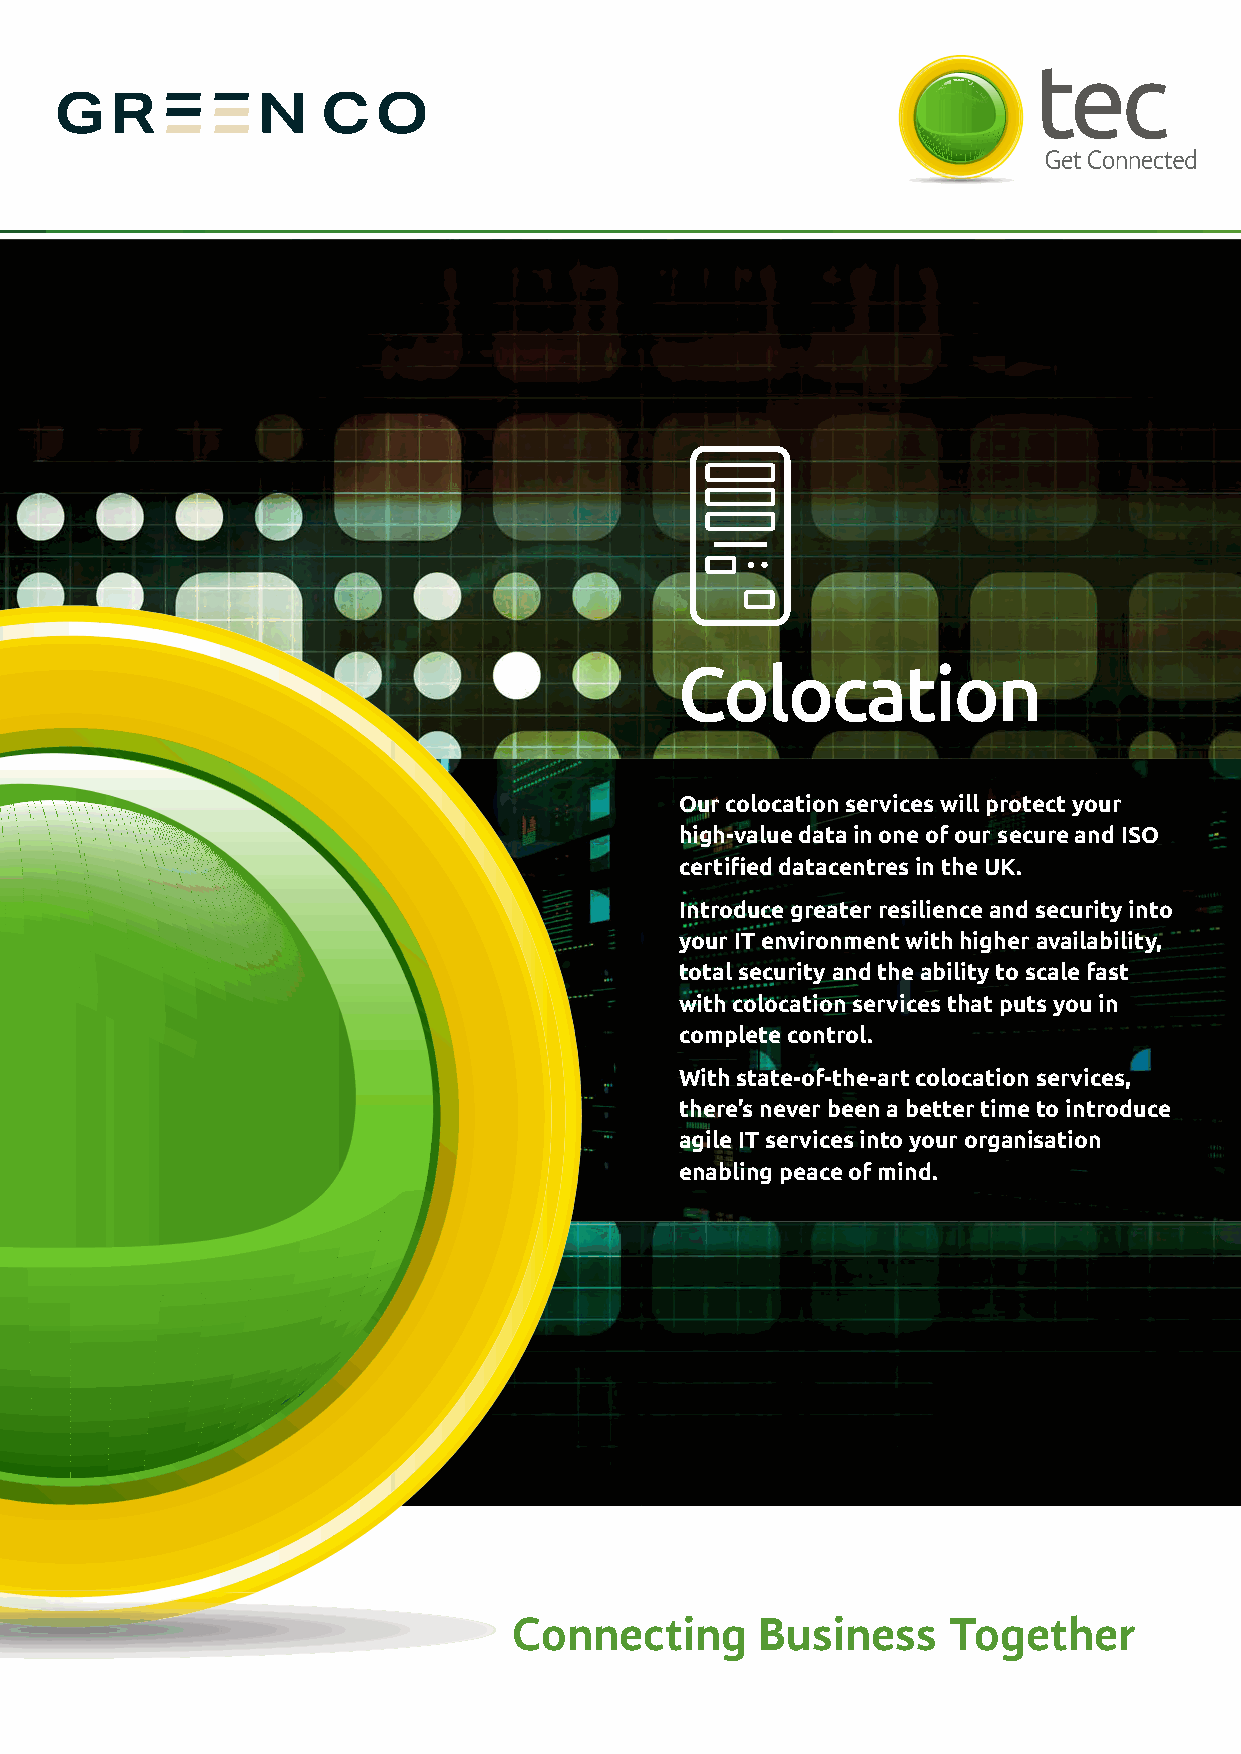
Colocation
 Our colocation services will protect your
 high-value data in one of our secure and ISO
 certifi ed datacentres in the UK.
 Introduce greater resilience and security into
 your IT environment with higher availability,
 total security and the ability to scale fast
 with colocation services that puts you in
 complete control.
 With state-of-the-art colocation services,
 there’s never been a better time to introduce
 agile IT services into your organisation
 enabling peace of mind.
 Connecting      Business     Together